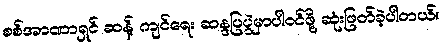
စစ်အာဏာရှင် ဆန့် ကျင်ရေး ဆန္ဒပြပွဲမှာပါဝင်ဖို့ ဆုံးဖြတ်ခဲ့ပါတယ်။